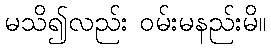
မသိ၍လည်း ဝမ်းမနည်းမိ။